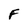
Character: F